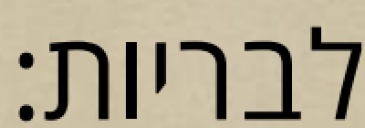
לבריות: